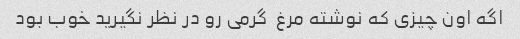
اگه اون چیزی که نوشته مرغ  گرمی رو در نظر نگیرید خوب بود